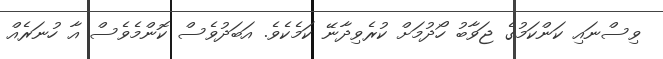
ވިސްނައި ކަންކަމުގެ ޖަވާބު ހޯދުމަށް ކުރެވިދާނޭ ކަމެކެވެ. އަބަދުވެސް ކޮންމެވެސް އާ ހުނަރެއް